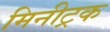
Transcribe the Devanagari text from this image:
मिनीट्रक